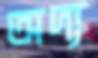
অদ্য